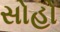
સોહો